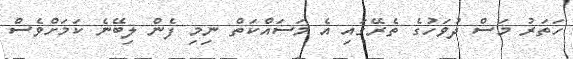
ހަތަރު މަަަސް ދުވަހުގެ ތެރޭގައި އެ މަސައްކަތް ނިމި ފެން ލިބޭނެ ކަަމަށްވެސް